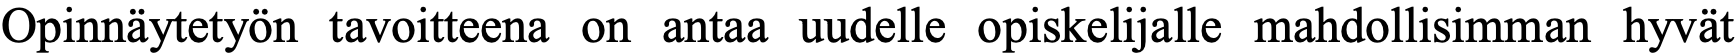
Opinnäytetyön tavoitteena on antaa uudelle opiskelijalle mahdollisimman hyvät